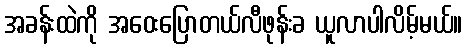
အခန်းထဲကို အဝေးပြောတယ်လီဖုန်းခ ယူလာပါလိမ့်မယ်။